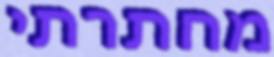
מחתרתי